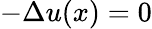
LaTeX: -\Delta u(x)=0